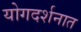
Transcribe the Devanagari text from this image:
योगदर्शनात